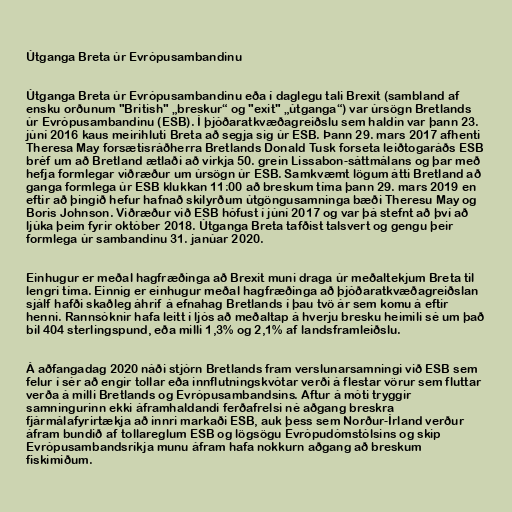
Útganga Breta úr Evrópusambandinu

Útganga Breta úr Evrópusambandinu eða í daglegu tali Brexit (sambland af
ensku orðunum "British" „breskur“ og "exit" „útganga“) var úrsögn Bretlands
úr Evrópusambandinu (ESB). Í þjóðaratkvæðagreiðslu sem haldin var þann 23.
júní 2016 kaus meirihluti Breta að segja sig úr ESB. Þann 29. mars 2017 afhenti
Theresa May forsætisráðherra Bretlands Donald Tusk forseta leiðtogaráðs ESB
bréf um að Bretland ætlaði að virkja 50. grein Lissabon-sáttmálans og þar með
hefja formlegar viðræður um úrsögn úr ESB. Samkvæmt lögum átti Bretland að
ganga formlega úr ESB klukkan 11:00 að breskum tíma þann 29. mars 2019 en
eftir að þingið hefur hafnað skilyrðum útgöngusamninga bæði Theresu May og
Boris Johnson. Viðræður við ESB hófust í júní 2017 og var þá stefnt að því að
ljúka þeim fyrir október 2018. Útganga Breta tafðist talsvert og gengu þeir
formlega úr sambandinu 31. janúar 2020.

Einhugur er meðal hagfræðinga að Brexit muni draga úr meðaltekjum Breta til
lengri tíma. Einnig er einhugur meðal hagfræðinga að þjóðaratkvæðagreiðslan
sjálf hafði skaðleg áhrif á efnahag Bretlands í þau tvö ár sem komu á eftir
henni. Rannsóknir hafa leitt í ljós að meðaltap á hverju bresku heimili sé um það
bil 404 sterlingspund, eða milli 1,3% og 2,1% af landsframleiðslu.

Á aðfangadag 2020 náði stjórn Bretlands fram verslunarsamningi við ESB sem
felur í sér að engir toll­ar eða inn­flutn­ingskvót­ar verði á flestar vör­ur sem flutt­ar
verða á milli Bret­lands og Evr­ópu­sam­bands­ins. Aftur á móti tryggir
samningurinn ekki áframhaldandi ferðafrelsi né aðgang breskra
fjármálafyrirtækja að innri markaði ESB, auk þess sem Norður-Írland verður
áfram bundið af tollareglum ESB og lögsögu Evrópudómstólsins og skip
Evr­ópu­sam­bands­ríkja munu áfram hafa nokkurn aðgang að breskum
fiskimiðum.